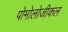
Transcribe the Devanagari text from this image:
पोमोलोजीकल